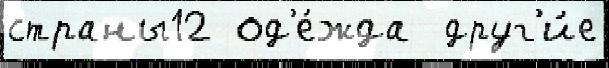
страны12 од'е́жда  друг'и́е